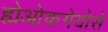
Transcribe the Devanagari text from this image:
ह्येओकगेयोसे